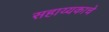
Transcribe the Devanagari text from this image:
सहाय्यकाचे